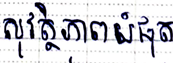
សុវត្ថិភាពបំផុត